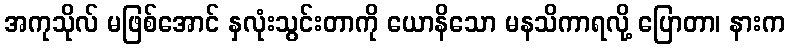
အကုသိုလ် မဖြစ်အောင် နှလုံးသွင်းတာကို ယောနိသော မနသိကာရလို့ ပြောတာ၊ နားက